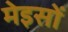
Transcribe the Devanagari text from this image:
मेइसों